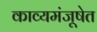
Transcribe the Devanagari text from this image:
काव्यमंजूषेत